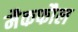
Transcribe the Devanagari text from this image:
मैकफौल